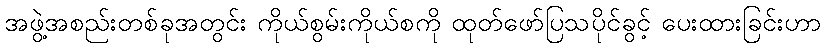
အဖွဲ့အစည်းတစ်ခုအတွင်း ကိုယ်စွမ်းကိုယ်စကို ထုတ်ဖော်ပြသပိုင်ခွင့် ပေးထားခြင်းဟာ